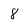
Character: 8